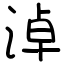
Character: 淖